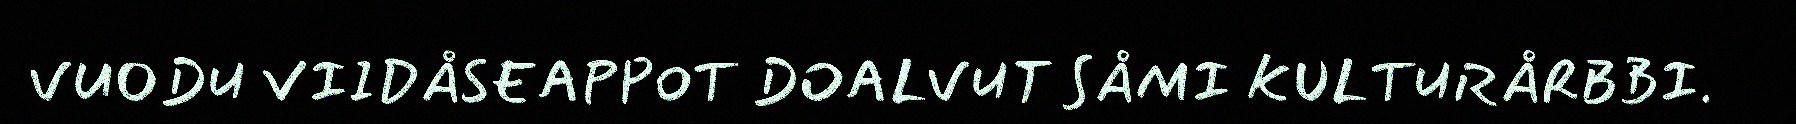
VUODU VIIDÅSEAPPOT DOALVUT SÅMI KULTURÅRBBI.